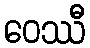
ဝေဿီ